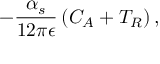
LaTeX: - \frac { \alpha _ { s } } { 1 2 \pi \epsilon } \left( C _ { A } + T _ { R } \right) ,